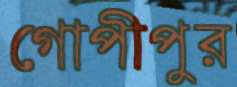
গোপীপুর